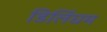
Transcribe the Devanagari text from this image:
डिलिंघम